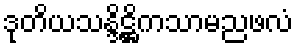
ဒုတိယသန္ဒိဋ္ဌိကသာမညဖလံ